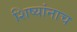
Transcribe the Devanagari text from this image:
शिष्यांनाच